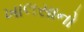
ખાલસાનો